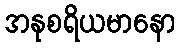
အနုစရိယမာနော